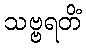
သဗ္ဗရတိံ